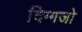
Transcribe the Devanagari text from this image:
दिग्गजो